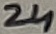
Text: 24